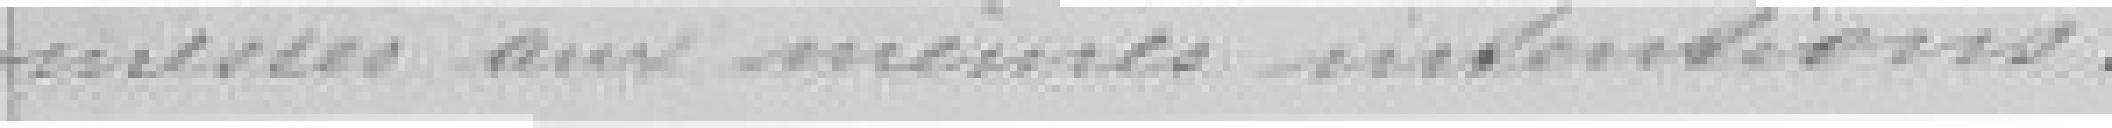
messes aux mêmes intentions.